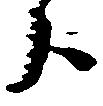
分